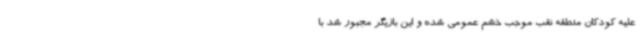
علیه کودکان منطقه نقب موجب خشم عمومی شده و این بازیگر مجبور شد با